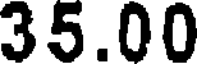
35.00